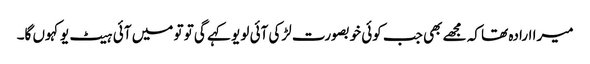
میرا ارادہ تھا کہ مجھے بھی جب کوئی خوبصورت لڑکی آئی لو یو کہے گی تو تو میں آئی ہیٹ یو کہوں گا۔